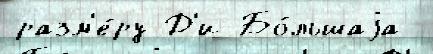
разм'е́ру Д'и Бо́льшаjа